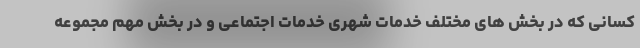
کسانی که در بخش های مختلف خدمات شهری خدمات اجتماعی و در بخش مهم مجموعه